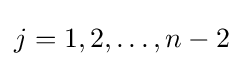
j=1,2,\ldots ,n-2